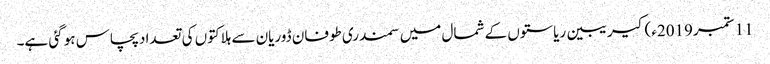
11 ستمبر2019ء) کیریبین ریاستوں کے شمال میں سمندری طوفان ڈوریان سے ہلاکتوں کی تعداد پچاس ہو گئی ہے۔